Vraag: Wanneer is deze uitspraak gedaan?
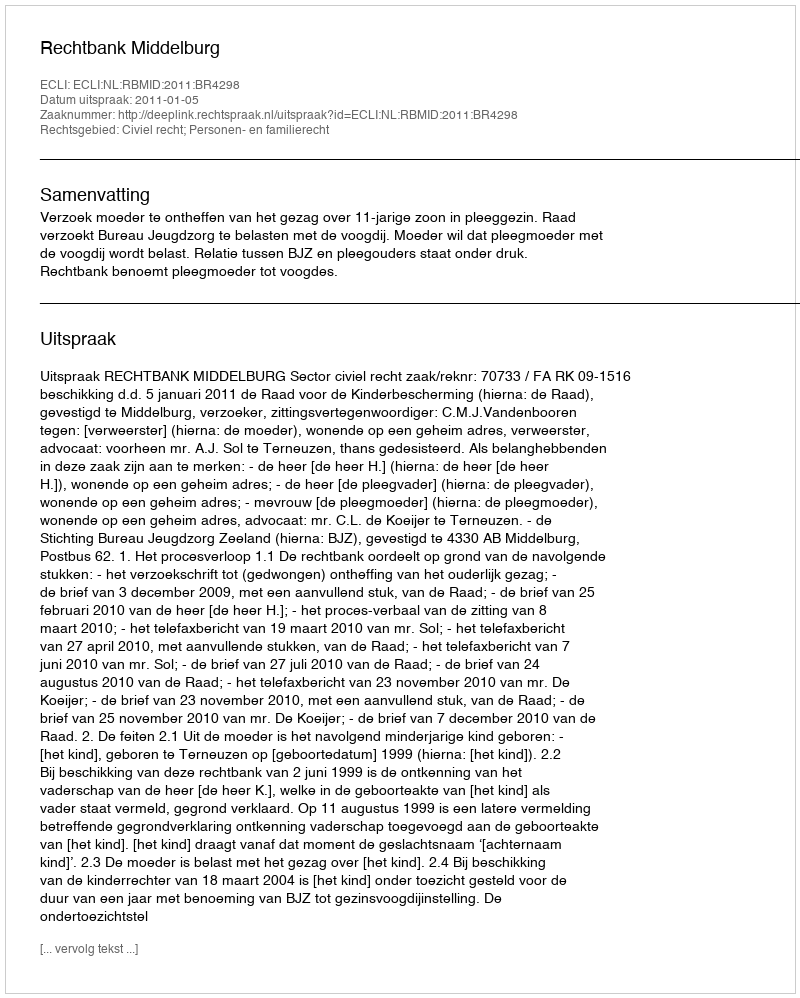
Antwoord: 2011-01-05